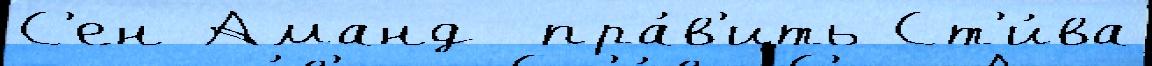
С'ен-Аманд  пра́в'ить Ст'и́ва